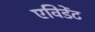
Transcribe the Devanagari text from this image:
एविडेंट